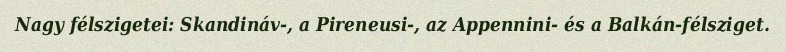
Nagy félszigetei: Skandináv-, a Pireneusi-, az Appennini- és a Balkán-félsziget.